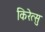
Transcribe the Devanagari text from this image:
किरेत्सु